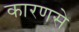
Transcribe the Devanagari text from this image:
कारणसे